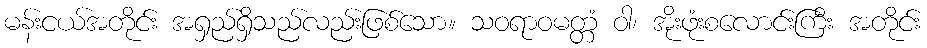
မန်းငယ်အတိုင်း အရှည်ရှိသည်လည်းဖြစ်သော။ သဝရာဝမတ္တံ ဝါ၊ အိုးဖုံးစလောင်းကြီး အတိုင်း